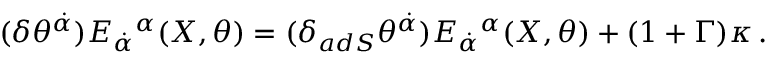
( \delta \theta ^ { \dot { \alpha } } ) E _ { \dot { \alpha } } { } ^ { \alpha } ( X , \theta ) = ( \delta _ { a d S } \theta ^ { \dot { \alpha } } ) E _ { \dot { \alpha } } { } ^ { \alpha } ( X , \theta ) + ( 1 + \Gamma ) \kappa \, .